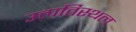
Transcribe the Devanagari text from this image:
उत्त्पतिस्थल